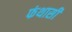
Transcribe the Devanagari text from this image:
फंथासी